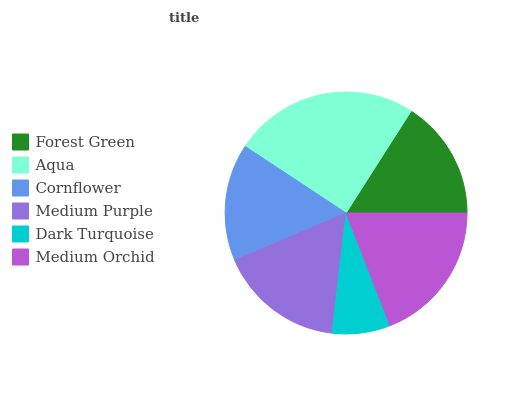
| Forest Green | Aqua | Cornflower | Medium Purple | Dark Turquoise | Medium Orchid |
 | --- | --- | --- | --- | --- | --- |
 | 15.9% | 24.8% | 15.7% | 16.7% | 7.78% | 19.1% |